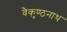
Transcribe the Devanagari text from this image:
वैकुण्ठनाथ